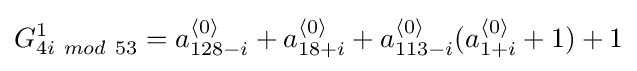
G_{4i~mod~53}^{1}=a_{128-i}^{{\mathcal {h}}0{\mathcal {i}}}+a_{18+i}^{{\mathcal {h}}0{\mathcal {i}}}+a_{113-i}^{{\mathcal {h}}0{\mathcal {i}}}(a_{1+i}^{{\mathcal {h}}0{\mathcal {i}}}+1)+1